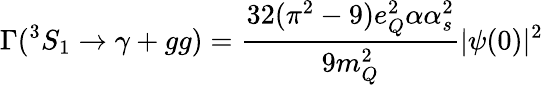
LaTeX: \Gamma(^{3}S_{1}\to\gamma+gg)={\frac{32(\pi^{2}-9)e_{Q}^{2}\alpha\alpha_{s}^{2}}{9m_{Q}^{2}}}|\psi(0)|^{2}